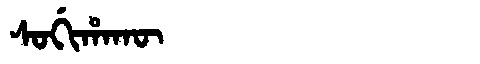
Manchu: ᠰᠣᡤᡳᡥᠠᡴᡡ
Romanization: SOGIHAKŪ